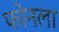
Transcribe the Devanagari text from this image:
फोनला